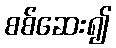
စစ်ဆေး၍